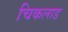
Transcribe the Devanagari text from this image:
चिकलाड